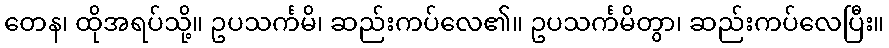
တေန၊ ထိုအရပ်သို့။ ဥပသင်္ကမိ၊ ဆည်းကပ်လေ၏။ ဥပသင်္ကမိတွာ၊ ဆည်းကပ်လေပြီး။